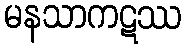
မနသာကဋဿ